Report on vaccination in Madras 1895-1903 - 1895-1903
Year: 1895
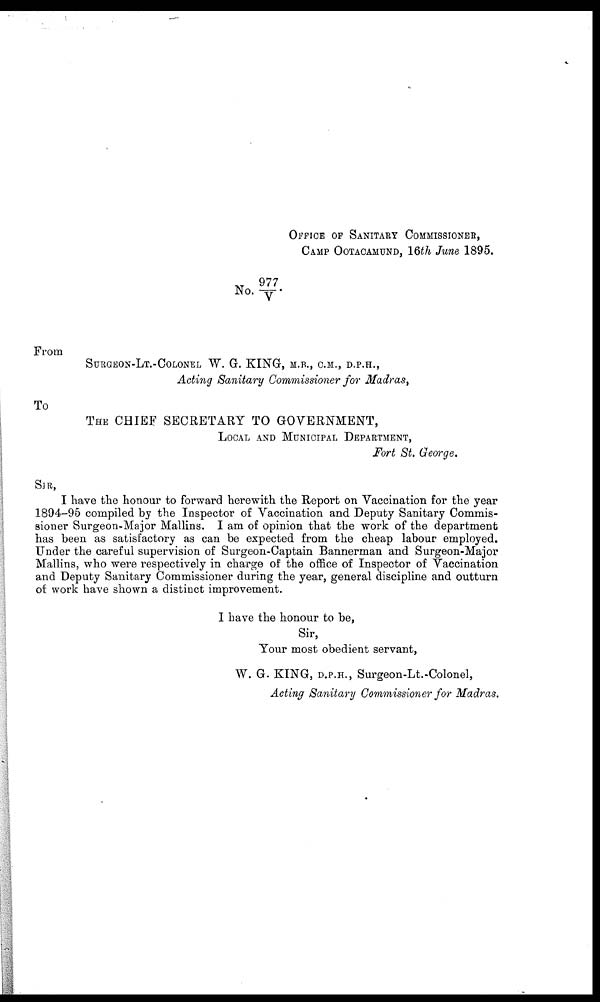
OFFICE OF SANITARY COMMISSIONER,
CAMP OOTACAMUND, 16th June 1895.
NO. 977/V.
From
SURGEON-LT.-COLONEL W. G. KING, M.R., CM., D.P.H.,
Acting Sanitary Commissioner for Madras,
To
THE CHIEF SECRETARY TO GOVERNMENT,
LOCAL AND MUNICIPAL DEPARTMENT,
Fort St. George.
SIR,
I have the honour to forward herewith the Report on Vaccination for the year
1894-95 compiled by the Inspector of Vaccination and Deputy Sanitary Commis-
sioner Surgeon-Major Mallins. I am of opinion that the work of the department
has been as satisfactory as can be expected from the cheap labour employed.
Under the careful supervision of Surgeon-Captain Bannerman and Surgeon-Major
Mallins, who were respectively in charge of the office of Inspector of Vaccination
and Deputy Sanitary Commissioner during the year, general discipline and outturn
of work have shown a distinct improvement.
I have the honour to be,
Sir,
Your most obedient servant,
W. G. KING, D.P.H. , Surgeon-Lt.-Colonel,
Acting Sanitary Commissioner for Madras.